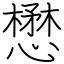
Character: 懋